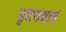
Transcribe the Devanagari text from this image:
वृत्तपत्राचं